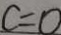
c = 0